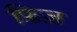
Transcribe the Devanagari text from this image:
फ़िज़